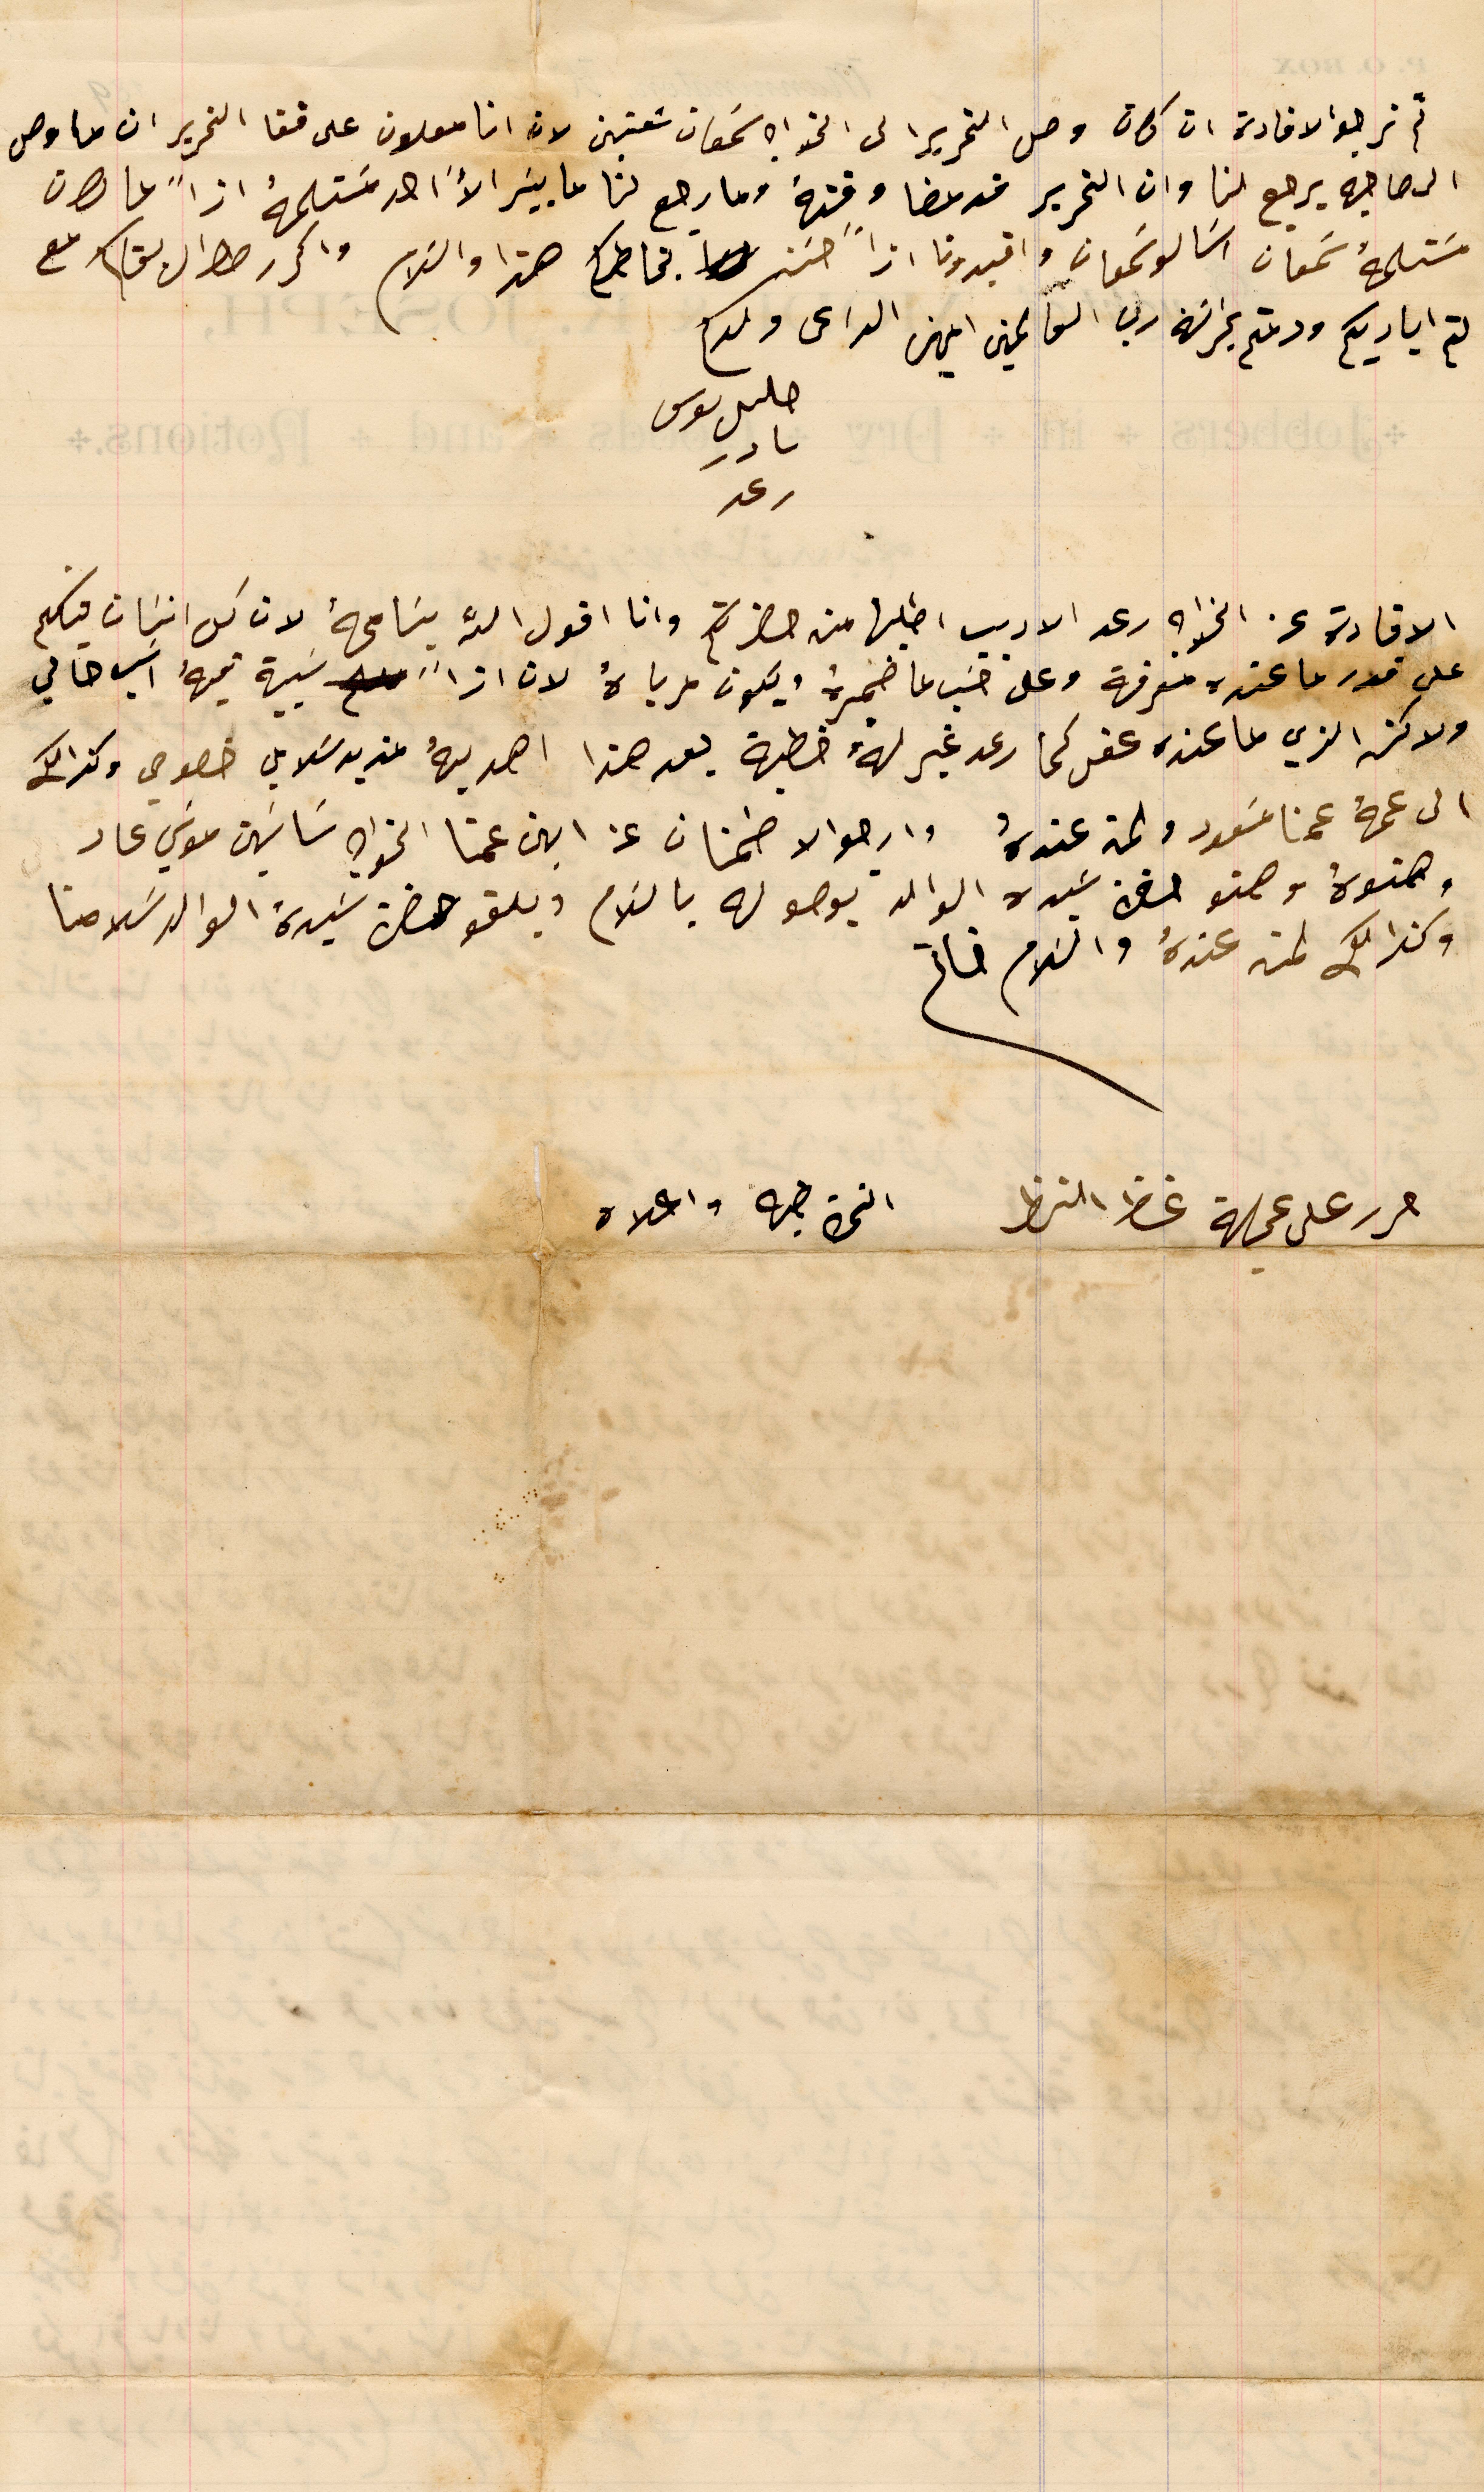
ثم نرجو الافادة ان كان وصل التحرير الى الخواجه سَمعان شعنين لان انا معلون على قفا التحرير ان ما وصل
الى صاحبه يرجع لنا وان التحرير قد مضا وقتهُ وما رجع لنا ما بيسَر الاَّ احد مَستلمهُ ازاً ما كان
مسَتلمهُ سَمعان اسَالو سَمعان وافيدونا اذاً حسَن بخاطاكم هذا والسَلام واكرر طوال بقاكم مع
لثم اياديكم ودمتم بحراسَة رب العالمين امين الداعى ولكم
خليل يوسف نادر رعد
الافادة عن الخواجه رعد الاديب اطلبها من حضرتكم وانا اقول الله يسَامحهُ لان كل انسَان فيكم
على قدر ما عنده معرفة وعلى حسَب ما ضميرهُ ويكون مرباهُ لان اذاً سَبية فيهُ اسَب حالي
ولاكن الذي ما عنده عقل كما رعد غير لهُ خطية بعد هذا اهديهُ بمديد سَلامي خصوصي وكذالك
الى عمهُ عمنا مسَعود ولمن عندهُ وارجو الاطمنان عن ابن عمنا الخواجه سَاسَين موسَي عاد
وصنوهُ وصنو حضرة سَيده الوالد بوصوله بالسَلام وبلغو حضرة سَيدهُ الوالد سَلامنا
وكذالك لمن عندهُ والسَلام خاتم
حرر على عجالة غظ النظر		النمرة طيه واعلاه